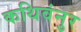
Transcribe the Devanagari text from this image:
कथिवंनुर